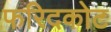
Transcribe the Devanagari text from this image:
फरिदकोट